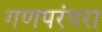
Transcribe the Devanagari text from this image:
गणपरंपरा